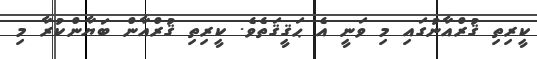
ކީރިތި ޤުރްއާނުގައި މި ވަނީ އެ ޙަޤީޤަތެވެ. ކީރިތި ޤުރްއާން ބަޔާންކުރާ މި